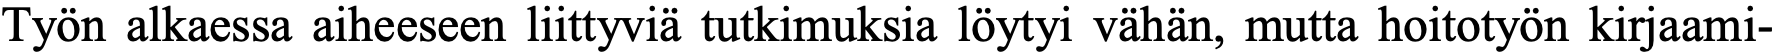
Työn alkaessa aiheeseen liittyviä tutkimuksia löytyi vähän, mutta hoitotyön kirjaami-